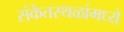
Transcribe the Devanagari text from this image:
संकेतस्थळांमध्ये